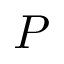
P